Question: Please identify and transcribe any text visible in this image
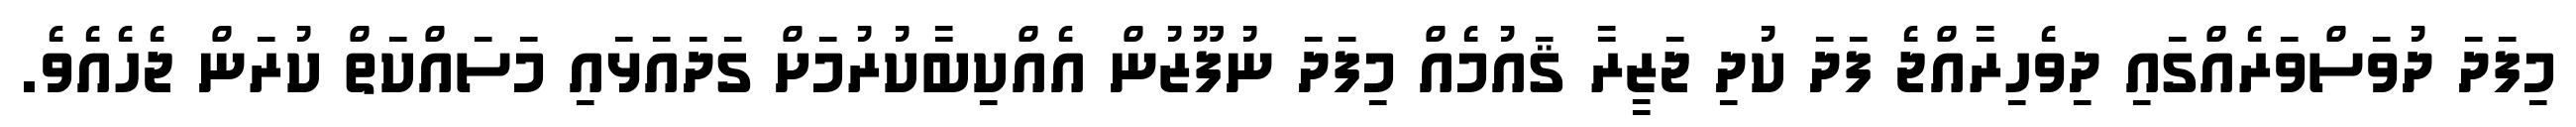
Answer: މިފަދަ ދުވަސްވަރެއްގައި ދިވެހިރާއްޖެ ފަދަ ކުދި ޖަޒީރާ ޤައުމެއް މިފަދަ ނުފޫޒުން އެއްކިބާކުރުމަށް ގަދައަޅައި މަސައްކަތް ކުރަން ޖެހެއެވެ.